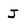
Character: j